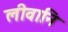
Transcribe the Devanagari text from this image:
लीवानि